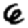
Digit: 6